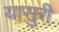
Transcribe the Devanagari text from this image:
यासुरी